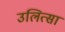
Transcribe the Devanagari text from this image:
उलित्सा